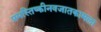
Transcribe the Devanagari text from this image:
प्रमस्तिष्कीनवजातकामला